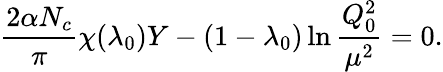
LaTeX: {\frac{2\alpha N_{c}}{\pi}}\chi(\lambda_{0})Y-(1-\lambda_{0})\ln{\frac{Q_{0}^{2}}{\mu^{2}}}=0.